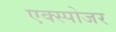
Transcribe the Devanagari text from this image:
एक्‍स्पोजर